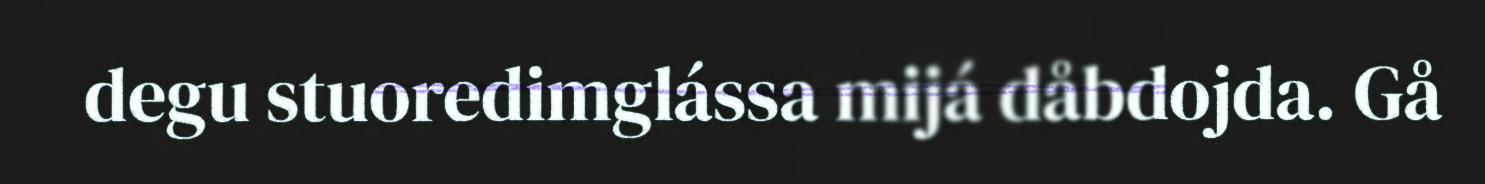
degu stuoredimglássa mijá dåbdojda. Gå